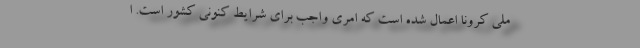
ملی کرونا اعمال شده است که امری واجب برای شرایط کنونی کشور است. ا